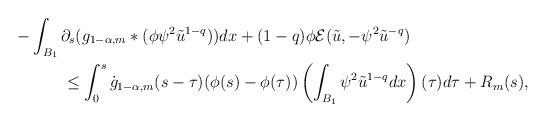
LaTeX: \begin{align*}& - \int_{B_{1}}\partial_{s}(g_{1-\alpha,m}*(\phi\psi^{2}\tilde{u}^{1-q}))dx + (1-q)\phi \mathcal{E}(\tilde{u},-\psi^{2}\tilde{u}^{-q}) \\& \quad\quad\quad\leq \int_{0}^{s}\dot{g}_{1-\alpha,m}(s-\tau)(\phi(s)-\phi(\tau))\left( \int_{B_{1}}\psi^{2}\tilde{u}^{1-q}dx \right)(\tau)d\tau + R_{m}(s),\end{align*}